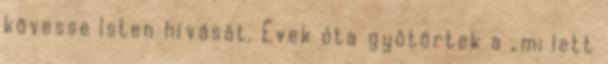
kövesse Isten hívását. Évek óta gyötörtek a „mi lett